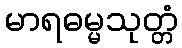
မာရဓမ္မသုတ္တံ